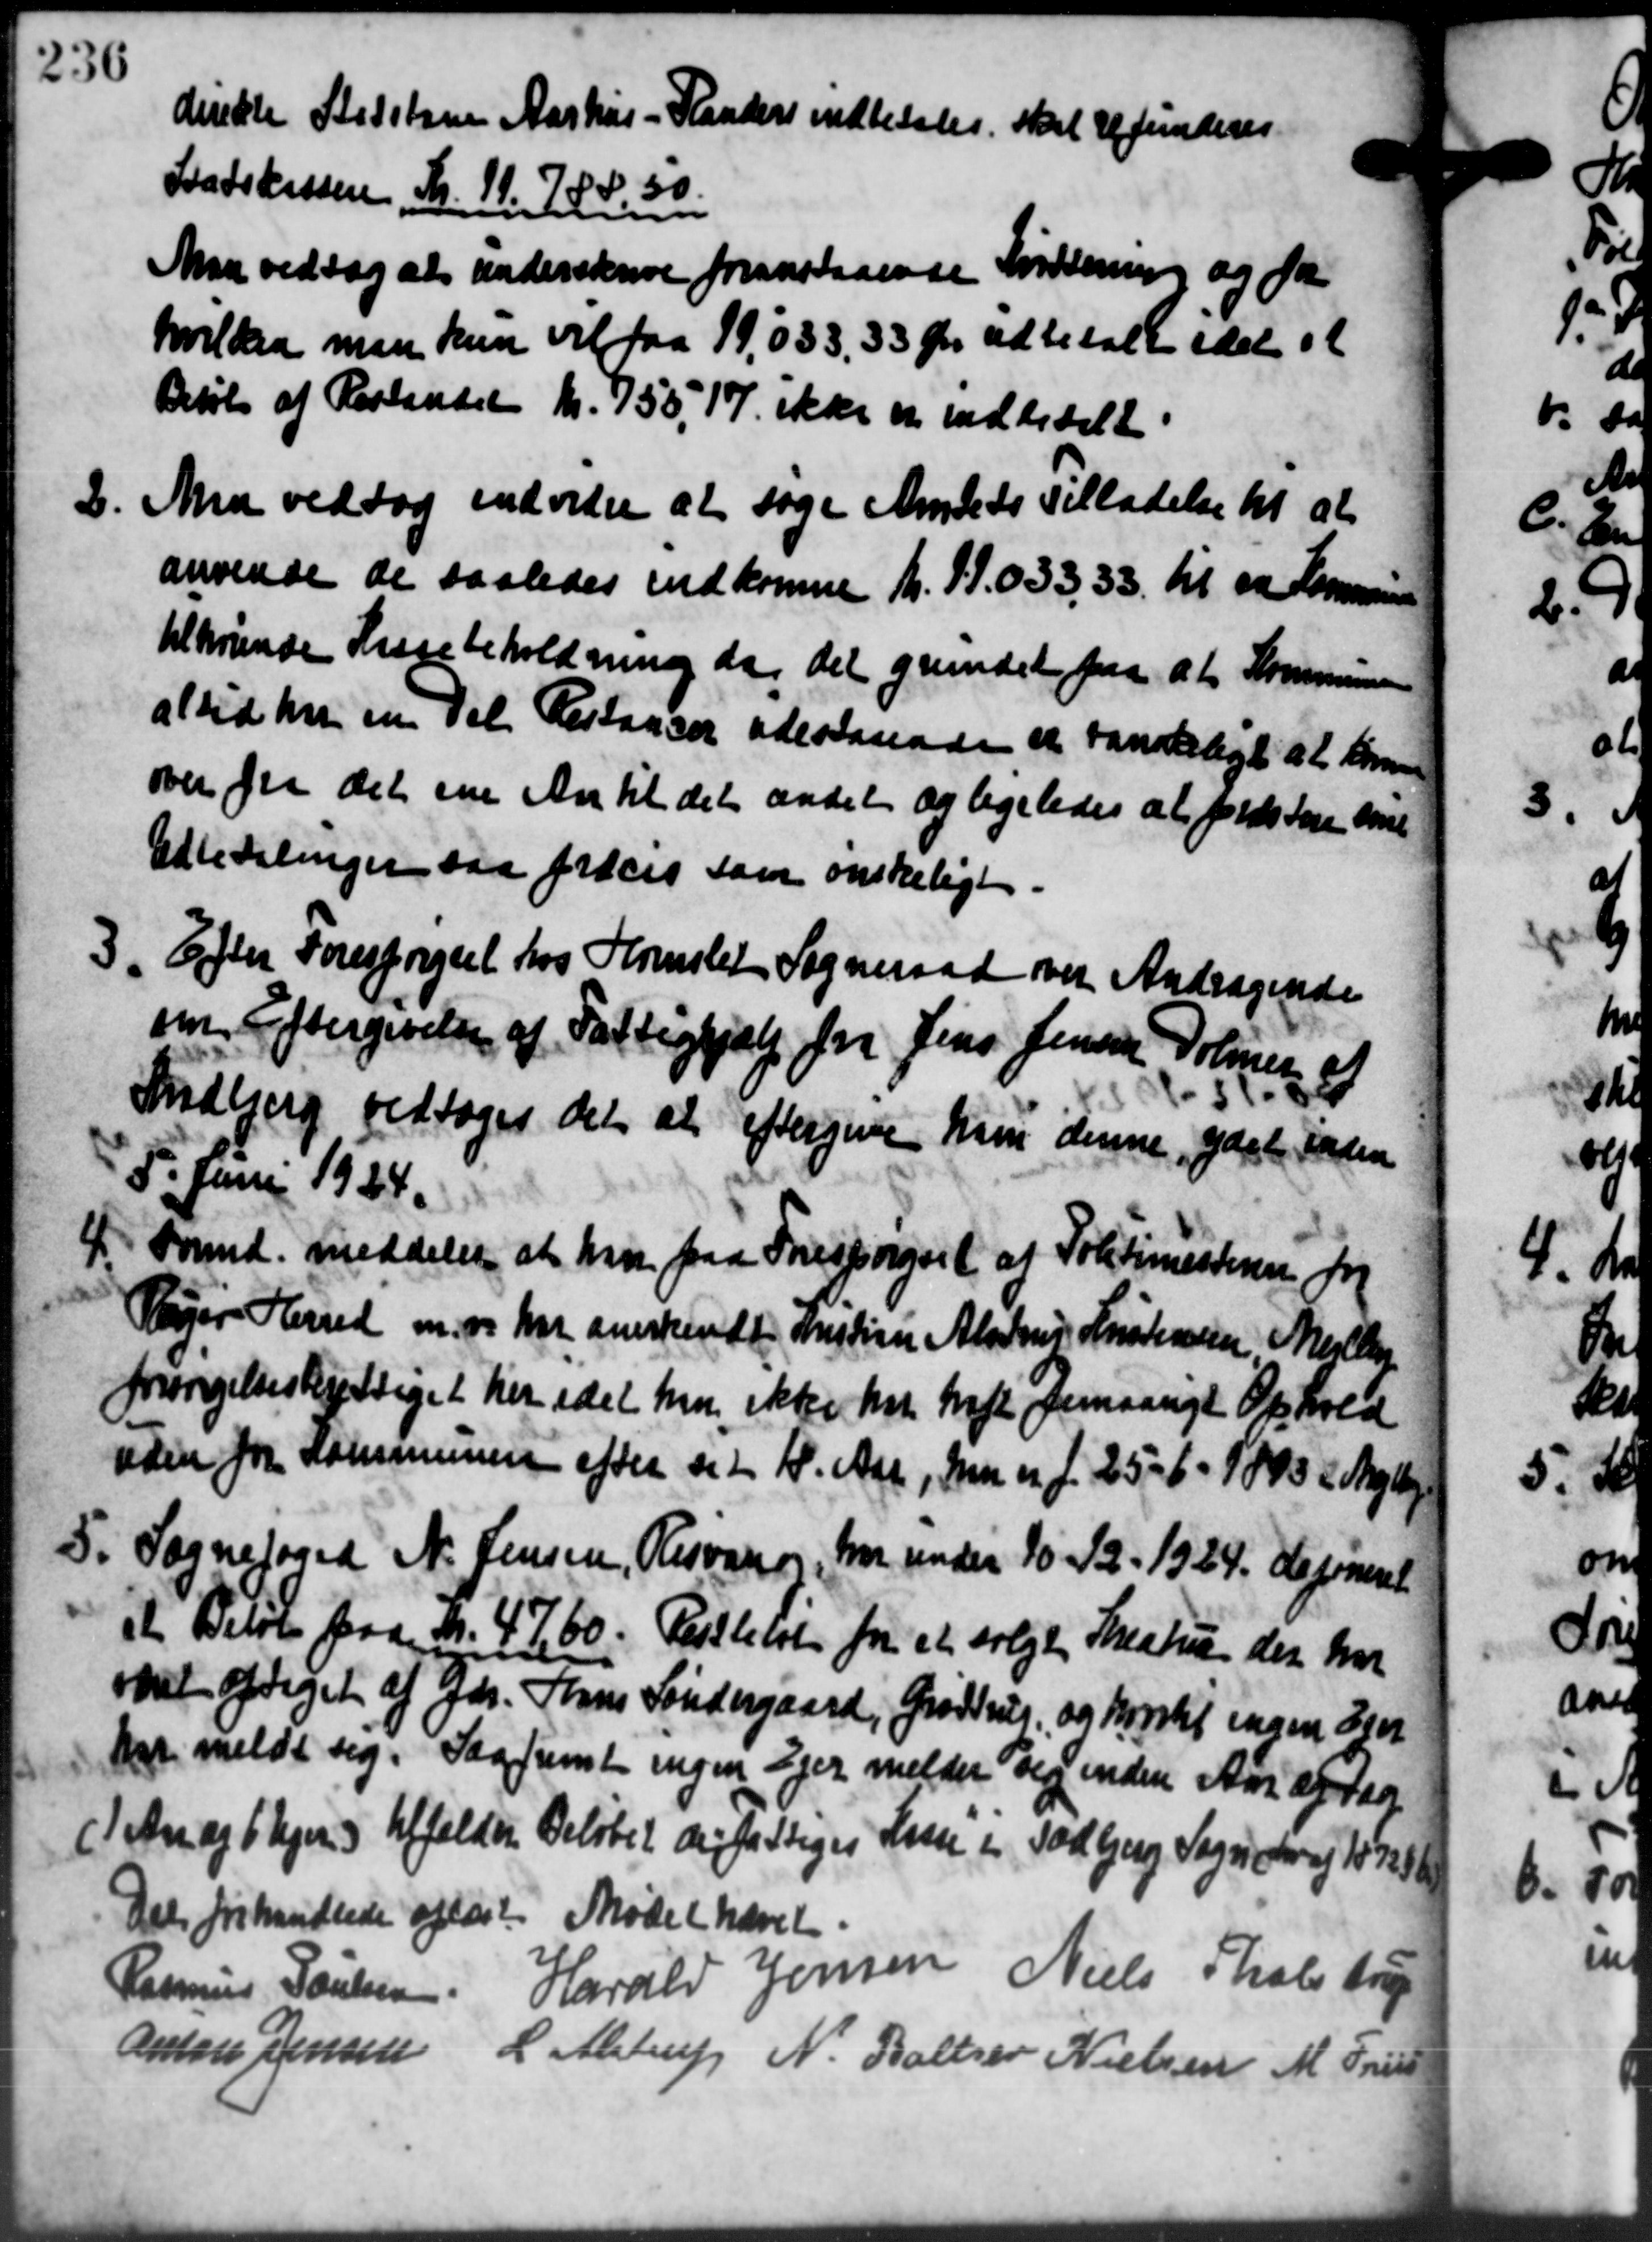
Transskription:
direkte Statsbane Aarhus - Randers indbetales skal refunderes
Statskassen, Kr. 11. 788. 30.
Man vedtog at underskrive foranstaaende forening og for
hvilken man kun vil fra 19,033, 33 Øre udbetalt idet et
Beløb af Restandet Kr. 755, 17 ikke er indbetalt
2. Man vedtog indvider at søge Amtets Tilladelse til at
2. Man vedtog indvider at søge Amtets Tilladelse til at
anvende de saaledes indkomne Kr. 11.033, 33 til en Kom-
tilhørende Kassebeholdning da det grundet paa at Kommunen
altid har en Del Restaaer udestaaende et vandeligt at som
over fra det ene Antil det andet og ligeledes at forestere de
Udbedelinger saa proces som ønskeligt
3. Efter Forespørgsel hos Hornslet Sogneraad ved Andragende
3. Efter Forespørgsel hos Hornslet Sogneraad ved Andragende
om Eftergivelse af Fattighjælp for Jens Jensen, Dolmen af
Sudbjerg vedtoges det at eftergive hun denne gæste inden
5. Juni 1924.
4. Formd. meddeler at hvor paa Forespørgsel af Politimesteren for
4. Formd. meddeler at hvor paa Forespørgsel af Politimesteren for
Vejer Herred m. m. har anerkendt Instine Alades Kristensen Mejlby
forsørgelsesberettiget her idet han ikke har traft femaarigt Ophold
uden for Kommunen efter sit 18. Aar, men er f. 25 - 6 - 1893 i Mejlby
5. Sognefoged N. Jensen, Risvang, hvor under 10 - 12. 1924 defineret
5. Sognefoged N. Jensen, Risvang, hvor under 10 - 12. 1924 defineret
et Beløb paa Kr. 47,60. Resttelst for et solgte Skestru der har
omet optaget af Gdr. Hans Søndergaard, Grødstrup og Kortet sagen den
har meldt sig. Saafremt ingen Ejer melder sig inden Aar af Dag
(1 An og 6 Uger) tilfældene Beløbet der fattiges Lasse i Todbjerg Sognetrag 1892
Det forhandlede oplæst. Mødet hævet
Rasmus Poulsen Harald Jensen Niels Tholstru
Anton Jensen L. Alstrup N. Baltzer Nielsen M. Fris